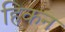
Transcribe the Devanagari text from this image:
हिकन